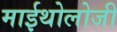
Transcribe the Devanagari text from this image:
माईथोलोजी